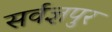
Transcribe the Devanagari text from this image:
सर्वज्ञपुर